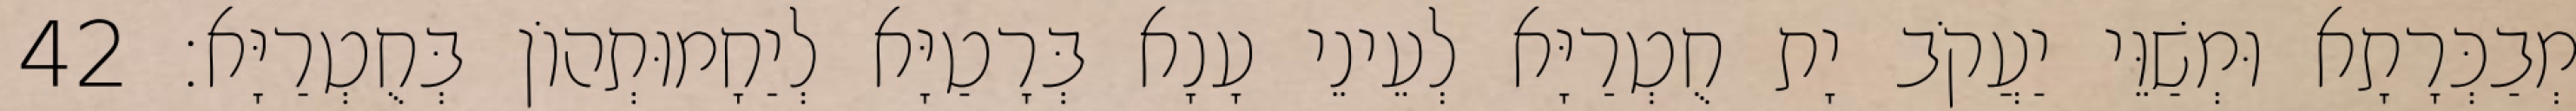
מְבַכְּרָתָא וּמְשַׁוֵּי יַעֲקֹב יָת חֻטְרַיָּא לְעֵינֵי עָנָא בְּרָטַיָּא לְיַחָמוּתְהוֹן בְּחֻטְרַיָּא׃ 42